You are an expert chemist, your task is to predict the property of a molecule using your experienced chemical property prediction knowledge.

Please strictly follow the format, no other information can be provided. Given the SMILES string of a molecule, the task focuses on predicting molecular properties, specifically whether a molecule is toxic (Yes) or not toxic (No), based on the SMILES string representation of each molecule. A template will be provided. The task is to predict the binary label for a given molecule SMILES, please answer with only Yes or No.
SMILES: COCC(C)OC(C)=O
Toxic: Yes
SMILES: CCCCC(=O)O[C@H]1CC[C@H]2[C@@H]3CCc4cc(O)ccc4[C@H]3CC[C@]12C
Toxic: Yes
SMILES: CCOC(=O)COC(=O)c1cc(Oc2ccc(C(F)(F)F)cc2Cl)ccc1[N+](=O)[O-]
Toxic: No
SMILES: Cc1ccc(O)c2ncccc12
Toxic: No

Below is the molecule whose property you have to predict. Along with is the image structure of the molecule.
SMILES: NC(=O)C(Cl)Cl
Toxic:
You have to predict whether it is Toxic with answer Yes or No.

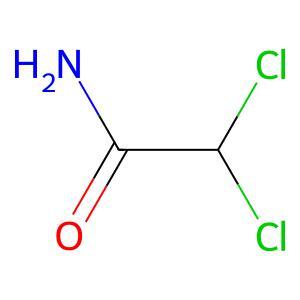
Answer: No